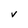
Character: V